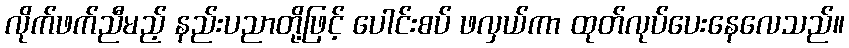
လိုက်ဖက်ညီမည့် နည်းပညာတို့ဖြင့် ပေါင်းစပ် ဖလှယ်ကာ ထုတ်လုပ်ပေးနေလေသည်။